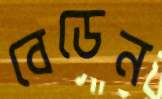
বেডেন